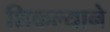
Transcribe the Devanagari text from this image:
शिकल्याने